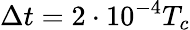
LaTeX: \Delta t=2\cdot 10^{-4}T_{c}